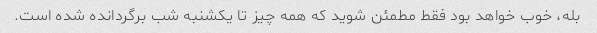
بله، خوب خواهد بود فقط مطمئن شوید که همه چیز تا یکشنبه شب برگردانده شده است.